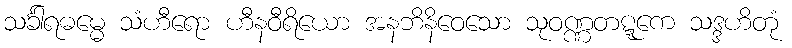
သင်္ခါရဓမ္မေ သံဟီရော ဟီနဝီရိယော အနဘိနိဝေသော သုဝဏ္ဏတဋ္ဋကေ သဒ္ဒဟိတုံ